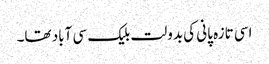
اسی تازہ پانی کی بدولت بلیک سی آباد تھا۔